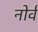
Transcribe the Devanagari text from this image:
नोर्व